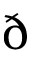
\eth